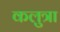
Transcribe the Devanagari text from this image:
कलुत्रा